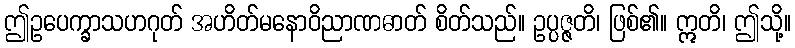
ဤဥပေက္ခာသဟဂုတ် အဟိတ်မနောဝိညာဏဓာတ် စိတ်သည်။ ဥပ္ပဇ္ဇတိ၊ ဖြစ်၏။ ဣတိ၊ ဤသို့။